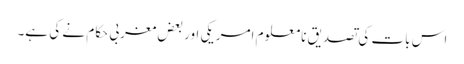
اس بات کی تصدیق نامعلوم امریکی اور بعض مغربی حکام نے کی ہے۔